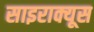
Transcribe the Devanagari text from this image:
साइराक्यूस